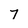
Character: 7